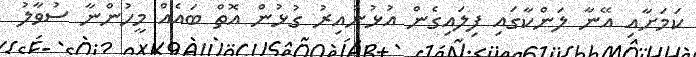
ކަމަށާއި އޭނާ ލަންކާގައި ފިލައިގެން އުޅުނުއިރު ގުޅުން އޮތް ބައެއް މީހުންނާ ސުވާލު